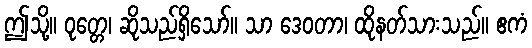
ဤသို့။ ဝုတ္တေ၊ ဆိုသည်ရှိသော်။ သာ ဒေဝတာ၊ ထိုနတ်သားသည်။ ဧကံ